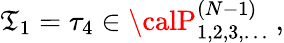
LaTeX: \mathfrak{T}_{1}=\tau_{4}\in{\calP}_{1,2,3,\ldots}^{(N-1)}\ ,